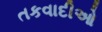
તકવાદીઓ